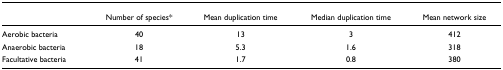
<table><thead><tr><td></td><td><b>Number of species*</b></td><td><b>Mean duplication time</b></td><td><b>Median duplication time</b></td><td><b>Mean network size</b></td></tr></thead><tbody><tr><td>Aerobic bacteria</td><td>40</td><td>13</td><td>3</td><td>412</td></tr><tr><td>Anaerobic bacteria</td><td>18</td><td>5.3</td><td>1.6</td><td>318</td></tr><tr><td>Facultative bacteria</td><td>41</td><td>1.7</td><td>0.8</td><td>380</td></tr></tbody></table>